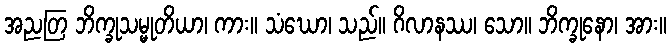
အညတြ ဘိက္ခုသမ္မုတိယာ၊ ကား။ သံဃော၊ သည်။ ဂိလာနဿ၊ သော။ ဘိက္ခုနော၊ အား။